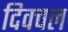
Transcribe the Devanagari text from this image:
दिवचल